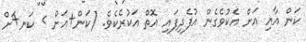
ކަން އާއި އަށް އެކުވެގެން އުފެދިފައި އޮތް އަކުރެކެވެ. (ކަން+އަށް > ކަނ+ަށް